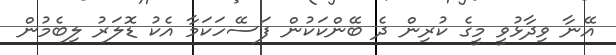
އޭނާ ވިދާޅުވީ މީގެ ކުރިން ދެ ބޭންކަކުން ފަސޭހަކަމާ އެކު ޑޮލަރު ލިބެމުން